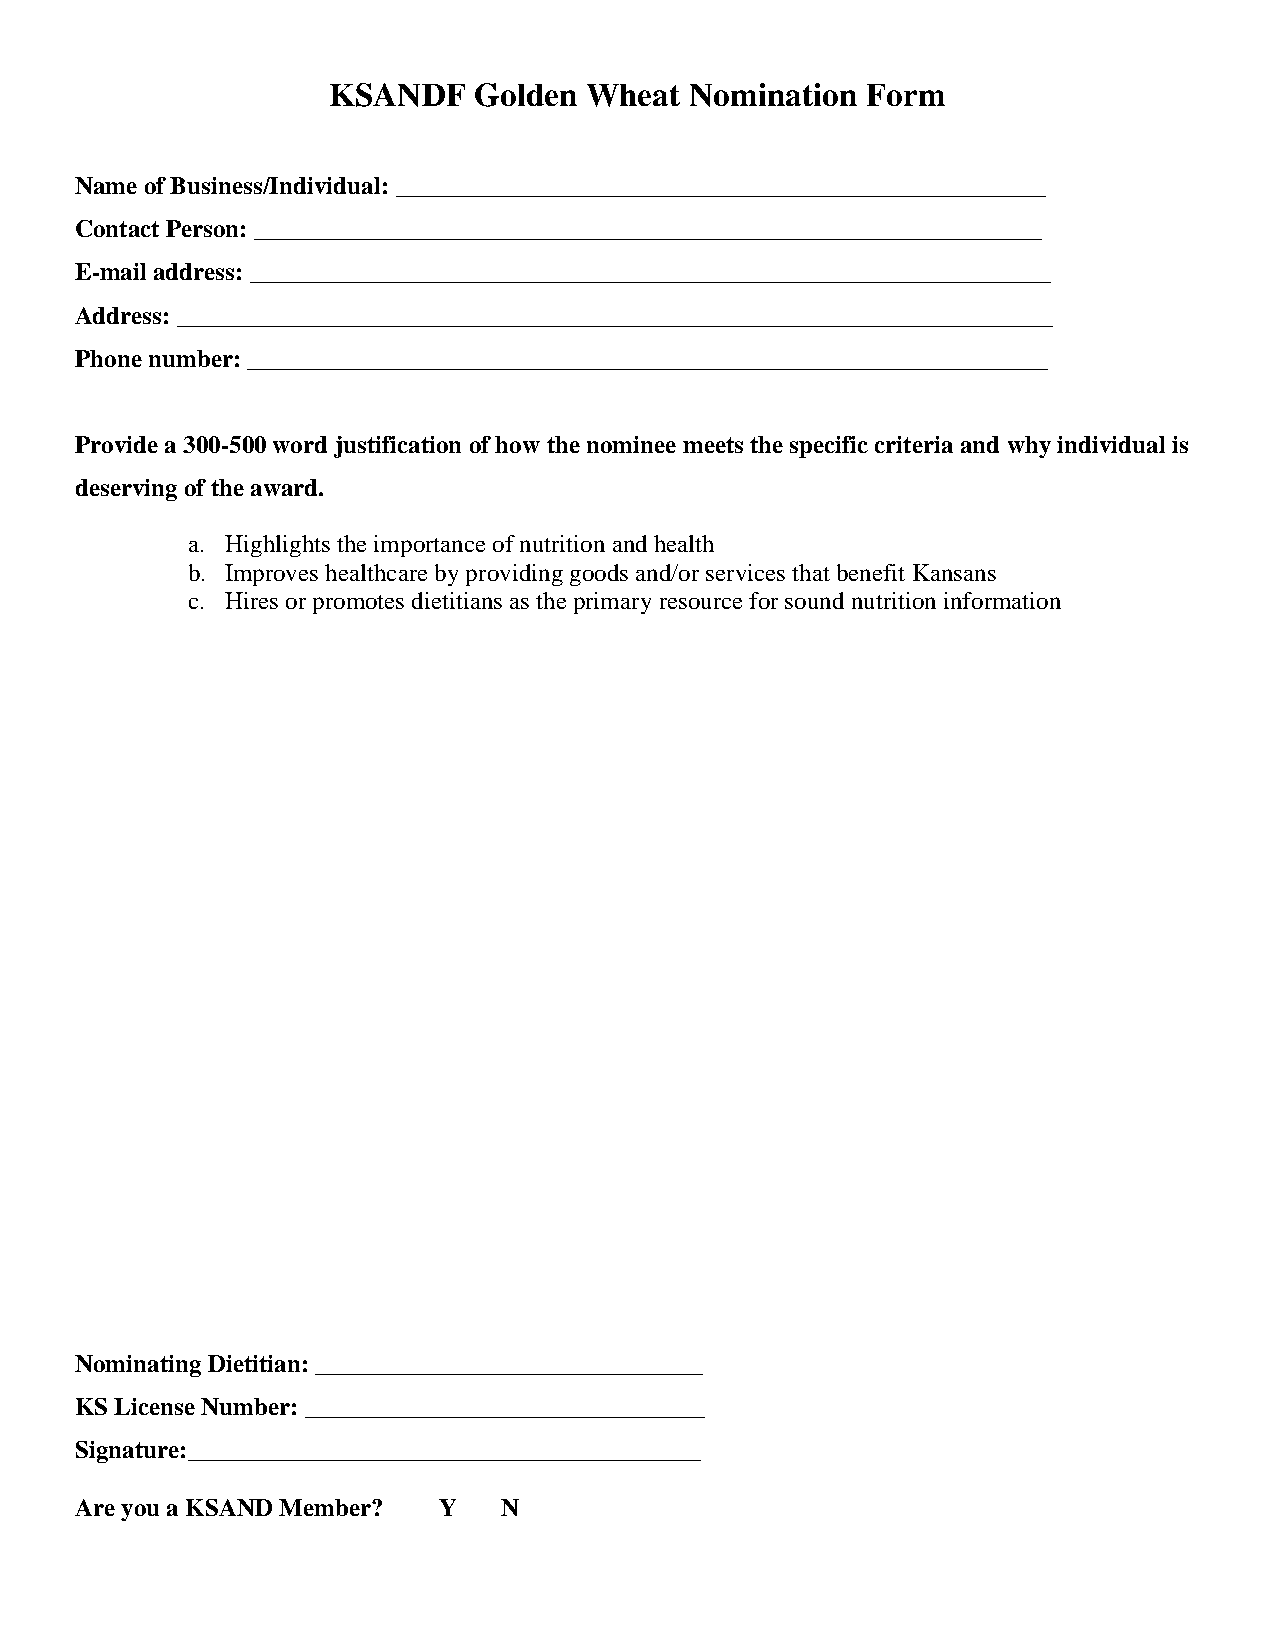
KSANDF   Golden  Wheat  Nomination Form
 Name of Business/Individual: ____________________________________________________
 Contact Person: _______________________________________________________________
 E-mail address: ________________________________________________________________
 Address: ______________________________________________________________________
 Phone number: ________________________________________________________________
 Provide a 300-500 word justification of how the nominee meets the specific criteria and why individual is
 deserving of the award.
 a. Highlights the importance of nutrition and health
 b. Improves healthcare by providing goods and/or services that benefit Kansans
 c. Hires or promotes dietitians as the primary resource for sound nutrition information
 Nominating Dietitian: _______________________________
 KS License Number: ________________________________
 Signature:_________________________________________
 Are you a KSAND Member? Y   N